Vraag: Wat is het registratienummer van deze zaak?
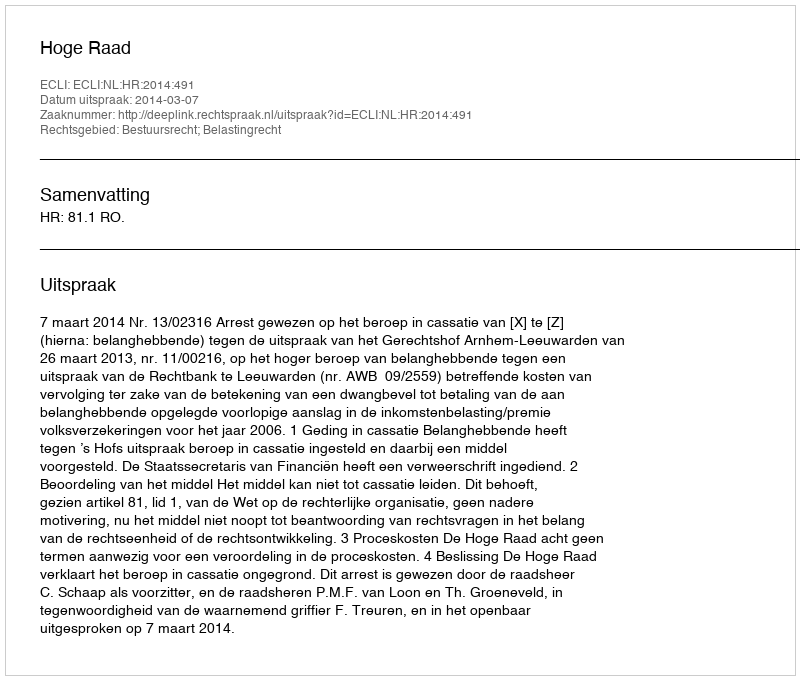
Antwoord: http://deeplink.rechtspraak.nl/uitspraak?id=ECLI:NL:HR:2014:491